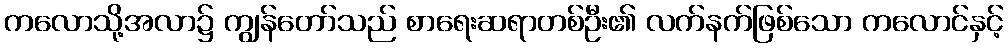
ကလောသို့အလာ၌ ကျွန်တော်သည် စာရေးဆရာတစ်ဦး၏ လက်နက်ဖြစ်သော ကလောင်နှင့်